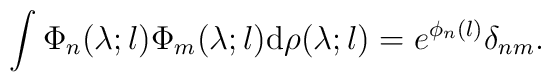
\int\Phi_{n}(\lambda;l)\Phi_{m}(\lambda;l){\rm d}\rho(\lambda;l)=e^{\phi_{n}(l)}\delta_{nm}.